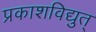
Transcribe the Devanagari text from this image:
प्रकाशविद्युत्‌